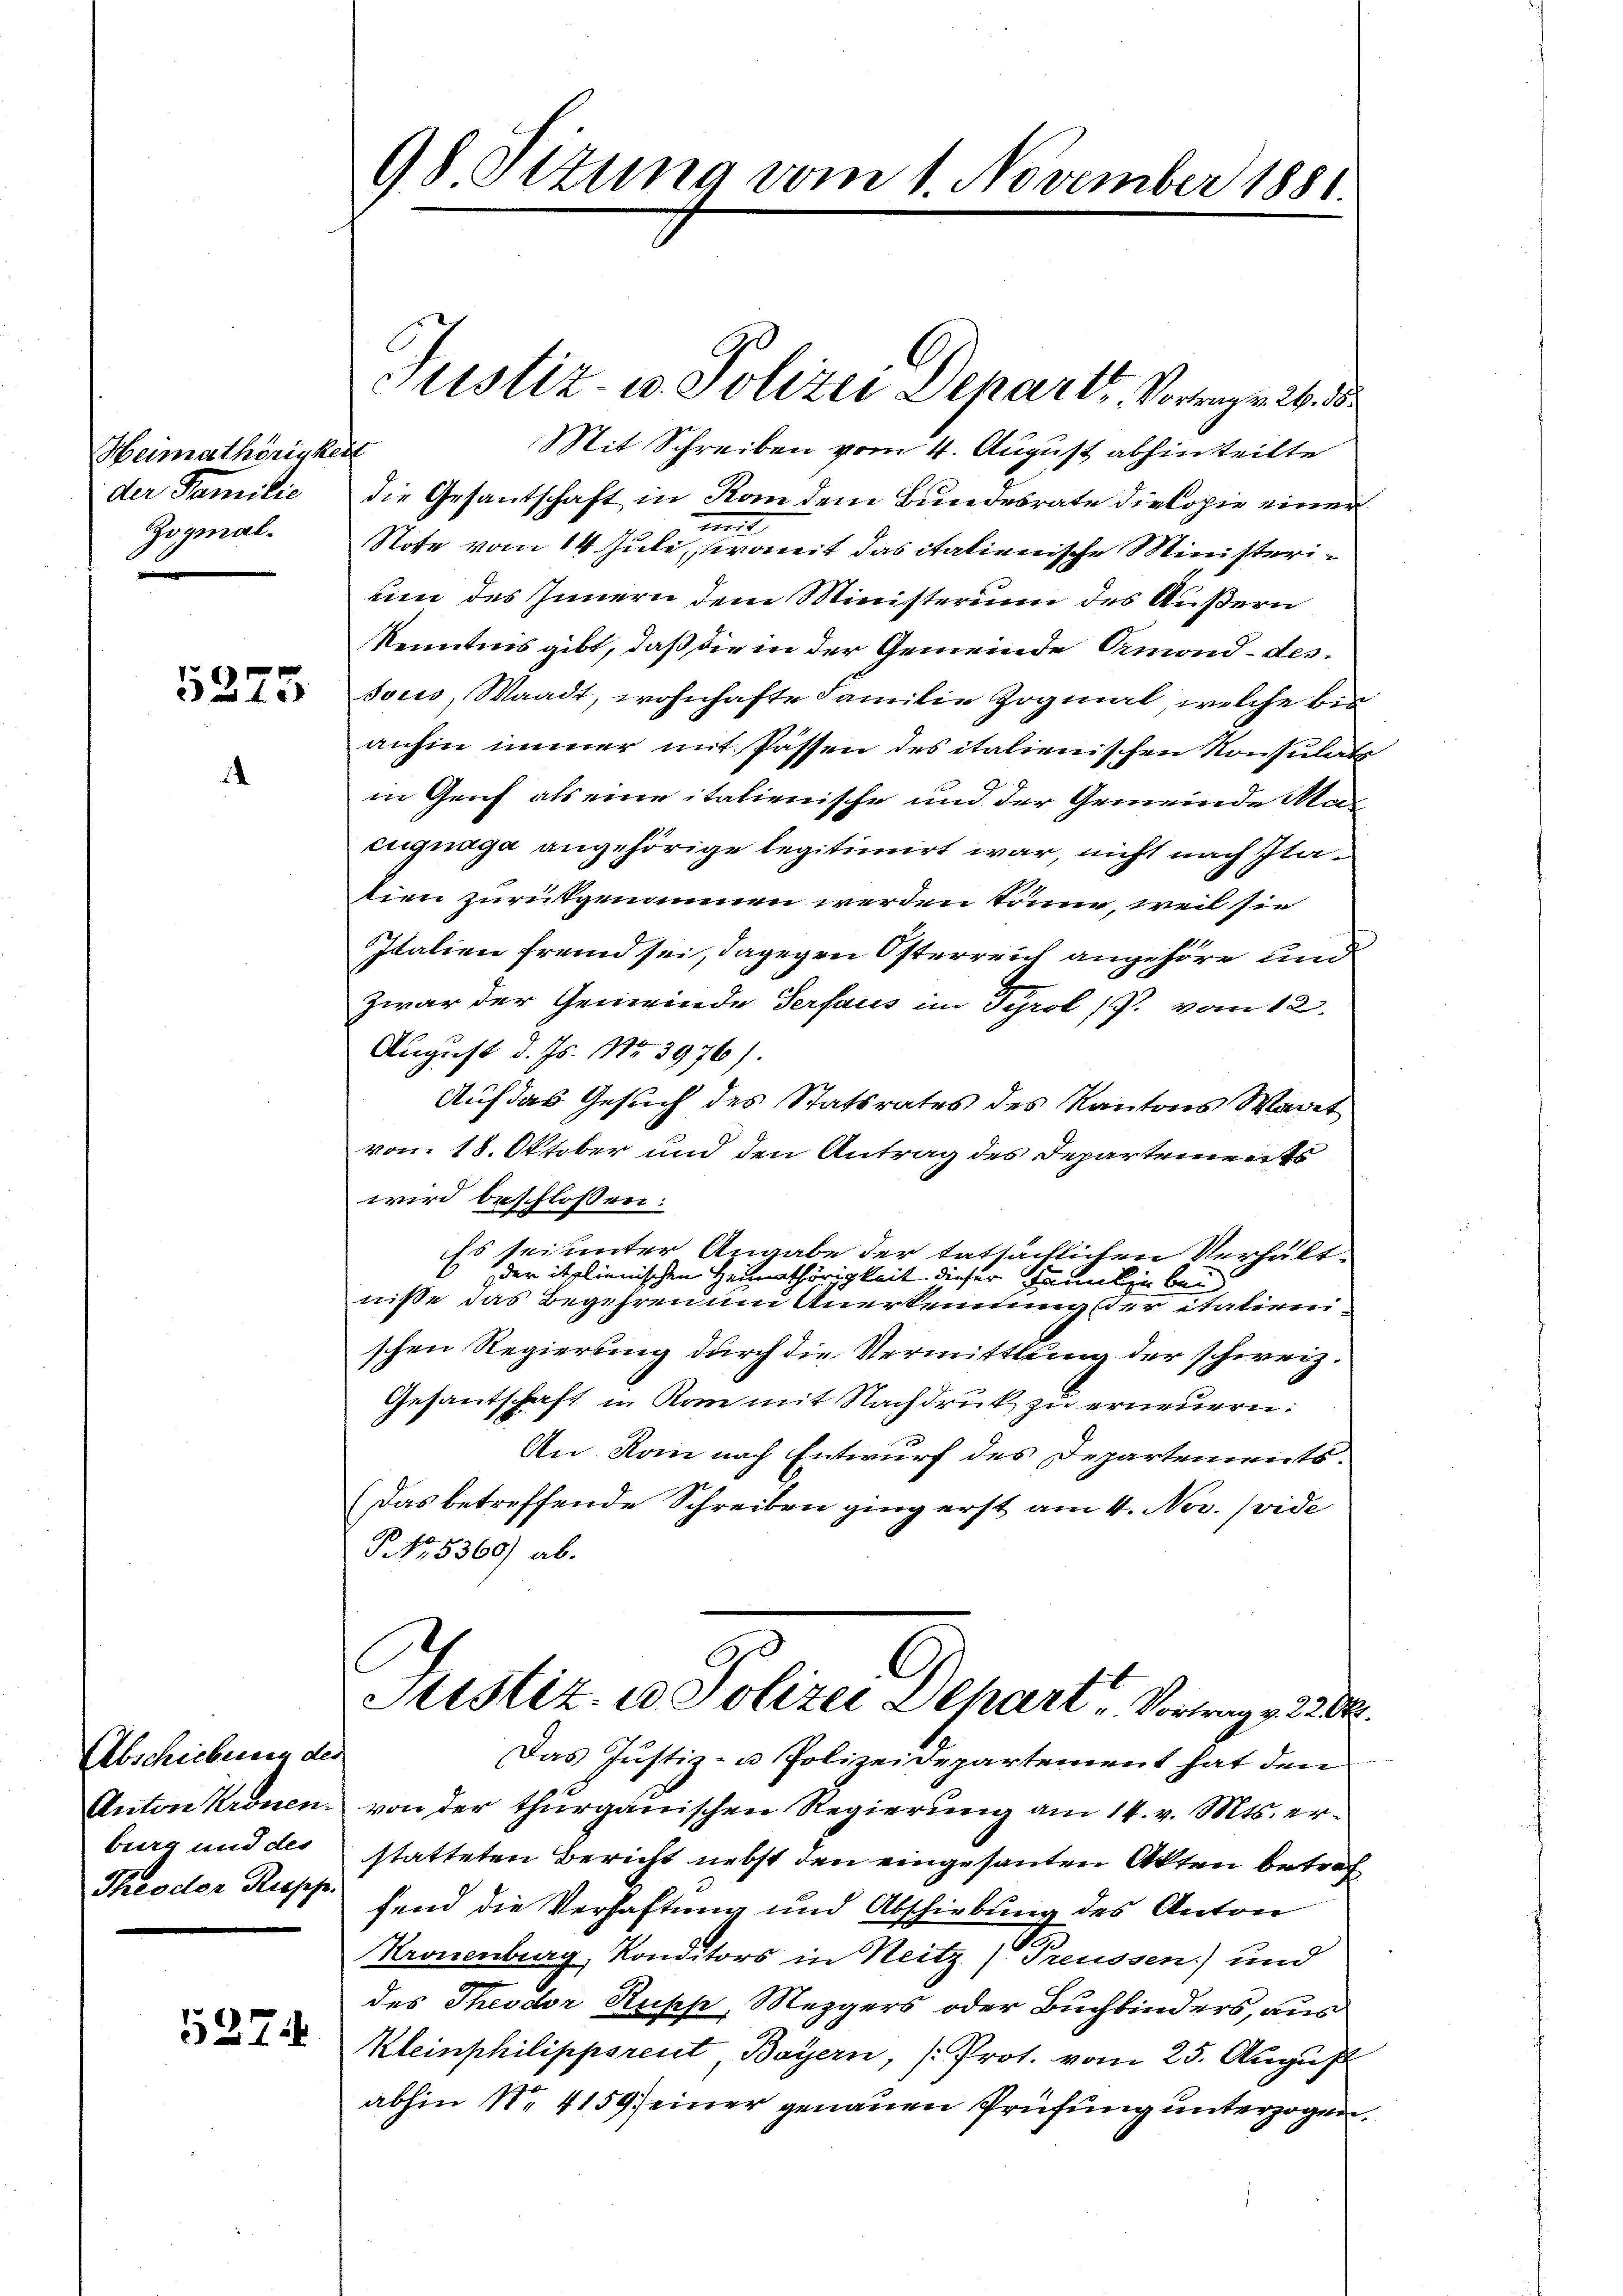
Heimathörigkeit
der Familie
Zogmal.

5323

.

Abschiebung der
burg und des
Theodor Reopp.

5274

98 Otzung vom 1. November 1881.

Justiz- u. Polizei Depart, Vortrag 24. d.
Mit Schreiben vom 4. August abhinteilte
die Gesantschaft in Kan dem Bundesrate dielopie einer
mis
Note vom 14. Juli, womit das italienische Ministerium des Innern dem Ministerium des Äußern
Kenntnis gibt, daß die in der Gemeinde Ormond-dessous, Waadt, wohnhafte Familie Zogmal, welche bis
anhin immer mit Passen des italienischen Konsulats
in Genf als eine italienische und der Gemeinde Macugnaga angehörige legitimirt war, nicht nach Itatien zurükgenommen werden könne, weil sie
Italien fremd sei, dagegen Österreich angehöre und
Zwar der Gemeinde Gersaus im Tyrol (p. vom 12.
August d. Js. No 3976).
Auf das Gesuch des Statsrates des Kantons Waret
vom 18. Oktober und den Antrag des Departements
wird beschlossen:
Es sei unter Angabe der tatsächlichen Verhält
der italienischen Heimathörigkeit dieser Familie bei |
niße das Begehren und Anerkennung der italienischen Regierung durch die Vermittlung der schweiz.
Gesantschaft in Kommit Nachdruk zu erneuern:
An Rom nach Entwurf des Departements.
Das betreffende Schreiben ging erst am 4. Nov. (vide
NNo. 5360) ab.
G
Sistiz- u Polizei Schart Vortrag v. 228.
Das Justiz- u Polizeidepartement hat den
Anton Kronen von der thurgauischen Regierung am 14. v. Mts. erstatteten Bericht nebst den eingesanten Akten betref
fend die Verhaftung und Abschiebung des Anton
g
Kronenburg, Konditors in Neitz) Preussen) und
des Theodor Rupp, Mezgers oder Buchbinders, aus
Kleinphilippsreut, Bayern, (Prot. vom 25. August
abhin Nr 4159 einer genauen Prüfung unterzogen,